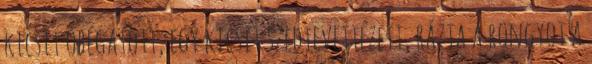
kicsit óbégatott, egy kicsit szedtevettézett, rázta a rongyot a